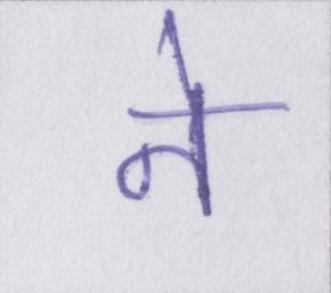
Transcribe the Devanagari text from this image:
ने